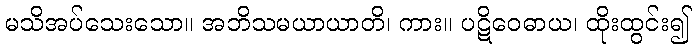
မသိအပ်သေးသော။ အဘိသမယာယာတိ၊ ကား။ ပဋိဝေဓာယ၊ ထိုးထွင်း၍